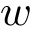
w